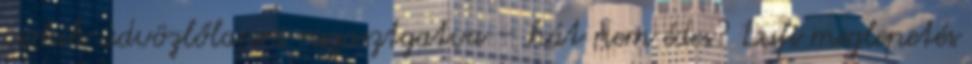
csokik üdvözlőlapra ragasztgatva – hát nem édes? Lufi meglepetés